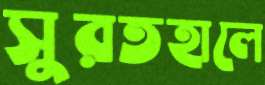
সুরতহালে